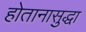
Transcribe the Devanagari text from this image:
होतानासुद्धा